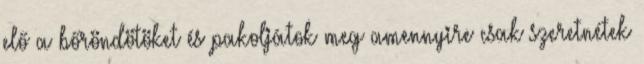
elő a bőröndötöket és pakoljátok meg amennyire csak szeretnétek